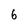
Character: 6